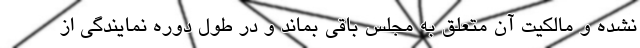
نشده و مالکیت آن متعلق به مجلس باقی بماند و در طول دوره نمایندگی از